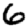
Digit: 6